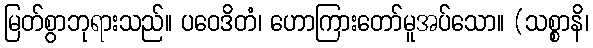
မြတ်စွာဘုရားသည်။ ပဝေဒိတံ၊ ဟောကြားတော်မူအပ်သော။ (သစ္စာနိ၊